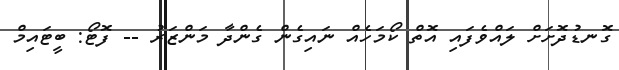
ގޮނޑުދޮށަށް ލައްވެފައި އޮތް ކޯމަހެއް ނައިގެން ގެންދާ މަންޒަރު -- ފޮޓޯ: ބީޓައިމް